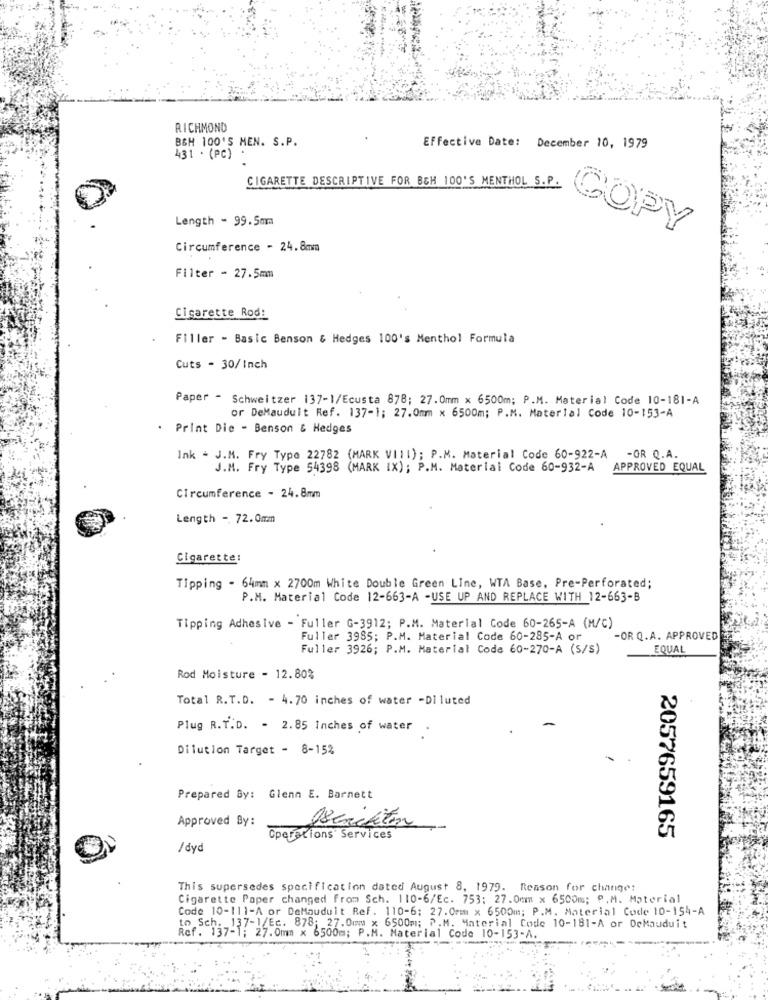
RICHMOND
B&H 100'S MEN. S.P.
Effective Date: December 10, 1979
431 . (PC) .
CIGARETTE DESCRIPTIVE FOR BGH 100'S MENTHOL S.P.
Length - 99.5mm
COPY
Circumference - 24.8mm
Filter - 27.5mm
Cigarette Rod:
Filler - Basic Benson & Hedges 100's Menthol Formula
Cuts - 30/Inch
Paper - Schweitzer 137-1/Ecusta 878; 27.0mm x 6500m; P.M. Material Code 10-181-A
or DeMaudult Ref. 137-1; 27.0mm x 6500m; P.M. Material Code 10-153-A
. Print Die - Benson & Hedges
Ink - J.M. Fry Type 22782 (MARK VIII); P.M. Material Code 60-922-A -OR Q.A.
J.M. Fry Type 54398 (MARK IX) ; P.M. Material Code 60-932-A APPROVED EQUAL
Circumference - 24.8mm
Length -. 72.0mm
Cigarette:
Tipping - 64mm x 2700m White Double Green Line, WTA Base, Pre-Perforated;
P.M. Material Code 12-663-A -USE UP AND REPLACE WITH 12-663-B
Tipping Adhesive - Fuller G-3912; P.M. Material Code 60-265-A (M/C)
Fuller 3985; P.M. Material Code 60-285-A or
-OR Q.A. APPROVED
Fuller 3926; P.M. Material Code 60-270-A (S/S)
EQUAL
Rod Moisture - 12.80%
Total R.T.D. - 4.70 inches of water -Diluted
Plug R.T.D. - 2.85 Inches of water
Dilution Target - 8-15%
Prepared By: Glenn E. Barnett
Approved By:
2057659165
Operations Services
/ dyd
This supersedes specification dated August 8, 1979. Reason for change:
Cigarette Paper changed from Sch. 110-6/Ec. 753: 27.0mm x 6500m; P. M. Material
Code 10-111-A or DeMauduit Ref. 110-6: 27.0mmm x 6500m; P.M. Material Code 10-154-A
to Sch. 137-1/Ec. 878; 27.0mm x 6500m; P.M. Material Code 10-181-A or DeMauduit
Ref. 137-1; 27. 0mm x 6500m; P.M. Material Code 10-153-A.